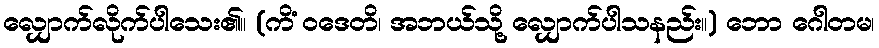
လျှောက်လိုက်ပါသေး၏။ (ကိံ ဝဒေတိ၊ အဘယ်သို့ လျှောက်ပါသနည်း။) ဘော ဂေါတမ၊